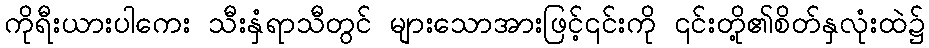
ကိုရီးယားပါကေး သီးနှံရာသီတွင် များသောအားဖြင့်၎င်းကို ၎င်းတို့၏စိတ်နှလုံးထဲ၌